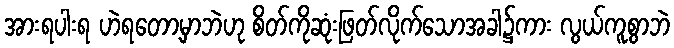
အားရပါးရ ဟဲရတော့မှာဘဲဟု စိတ်ကိုဆုံးဖြတ်လိုက်သောအခါ၌ကား လွယ်ကူစွာဘဲ